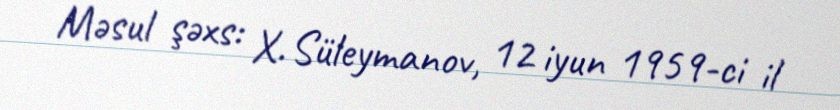
Məsul şəxs: X. Süleymanov, 12 iyun 1959-ci il